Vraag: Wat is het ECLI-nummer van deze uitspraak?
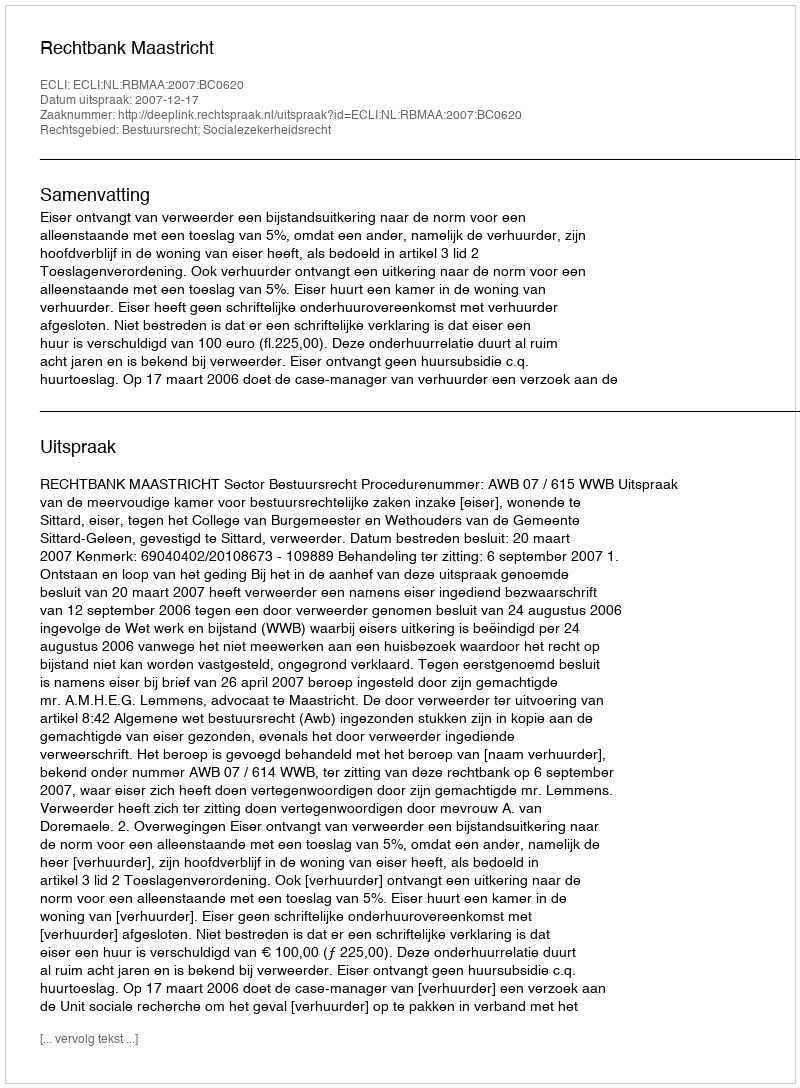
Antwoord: ECLI:NL:RBMAA:2007:BC0620